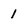
Character: 1